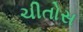
ચીતોસ